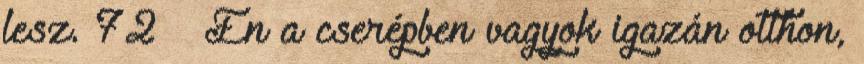
lesz. 72 — Én a cserépben vagyok igazán otthon,